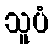
သူပံ